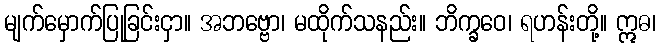
မျက်မှောက်ပြုခြင်းငှာ။ အဘဗ္ဗော၊ မထိုက်သနည်း။ ဘိက္ခဝေ၊ ရဟန်းတို့။ ဣဓ၊